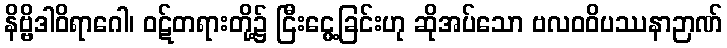
နိဗ္ဗိဒါဝိရာဂေါ၊ ဝဋ်တရားတို့၌ ငြီးငွေ့ခြင်းဟု ဆိုအပ်သော ဗလဝဝိပဿနာဉာဏ်